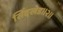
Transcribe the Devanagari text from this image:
सिंदखेड।।२।।